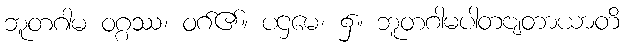
ဘူတဂါမ ဝဂ္ဂဿ၊ ဝဂ်၏။ ပဌမေ၊ ၌။ ဘူတဂါမပါတဗျတာယာတိ